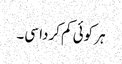
ہر کوئی کم کردا سی۔